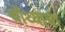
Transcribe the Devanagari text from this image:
चोथ्याचा